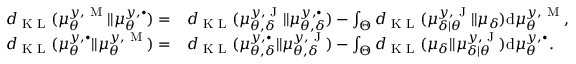
\begin{array} { r l } { d _ { \textup { K L } } ( \mu _ { \theta } ^ { y , \textup { M } } \Vert \mu _ { \theta } ^ { y , \bullet } ) = } & { d _ { \textup { K L } } ( \mu _ { \theta , \delta } ^ { y , \textup { J } } \Vert \mu _ { \theta , \delta } ^ { y , \bullet } ) - \int _ { \Theta } d _ { \textup { K L } } ( \mu _ { \delta | \theta } ^ { y , \textup { J } } \Vert \mu _ { \delta } ) \mathrm { d } \mu _ { \theta } ^ { y , \textup { M } } , } \\ { d _ { \textup { K L } } ( \mu _ { \theta } ^ { y , \bullet } \Vert \mu _ { \theta } ^ { y , \textup { M } } ) = } & { d _ { \textup { K L } } ( \mu _ { \theta , \delta } ^ { y , \bullet } \Vert \mu _ { \theta , \delta } ^ { y , \textup { J } } ) - \int _ { \Theta } d _ { \textup { K L } } ( \mu _ { \delta } \Vert \mu _ { \delta | \theta } ^ { y , \textup { J } } ) \mathrm { d } \mu _ { \theta } ^ { y , \bullet } . } \end{array}